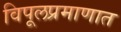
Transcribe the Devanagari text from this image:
विपूलप्रमाणात